Subject: eess
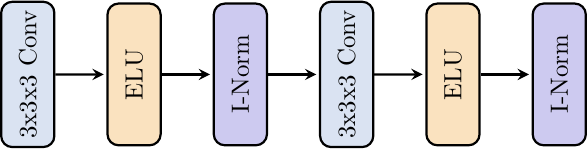
LaTeX code:
\begin{tikzpicture}[
    block/.style={
        rectangle, draw, minimum width=2cm, minimum height=0.75cm,
        rounded corners, thick
    },
    scale=0.9,
    transform shape
]
\definecolor{ConvColor}{RGB}{218,227,242}
\definecolor{ELUColor}{RGB}{250,226,191}
\definecolor{InstanceNormColor}{RGB}{205,202,240}

\node[block, rotate=90, fill=ConvColor] (conv1) at (0, 0) {3x3x3 Conv};
\node[block, rotate=90, fill=ELUColor, shift={(0,-1.5cm)}] (elu1) {ELU};
\node[block, rotate=90, fill=InstanceNormColor, shift={(0,-3cm)}] (in1) {I-Norm};
\node[block, rotate=90, fill=ConvColor, shift={(0,-4.5cm)}] (conv2) {3x3x3 Conv};
\node[block, rotate=90, fill=ELUColor, shift={(0,-6cm)}] (elu2) {ELU};
\node[block, rotate=90, fill=InstanceNormColor, shift={(0,-7.5cm)}] (in2) {I-Norm};

\draw[-stealth, thick, shorten >=1pt] (conv1) -- (elu1);
\draw[-stealth, thick, shorten >=1pt] (elu1) -- (in1);
\draw[-stealth, thick, shorten >=1pt] (in1) -- (conv2);
\draw[-stealth, thick, shorten >=1pt] (conv2) -- (elu2);
\draw[-stealth, thick, shorten >=1pt] (elu2) -- (in2);
\end{tikzpicture}